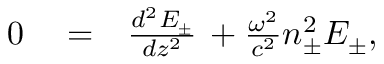
\begin{array} { r l r } { 0 } & { { } = } & { \frac { d ^ { 2 } E _ { \pm } } { d z ^ { 2 } } \, + \frac { \omega ^ { 2 } } { c ^ { 2 } } n _ { \pm } ^ { 2 } E _ { \pm } , } \end{array}